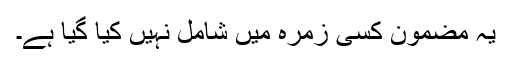
یہ مضمون کسی زمرہ میں شامل نہیں کیا گیا ہے۔